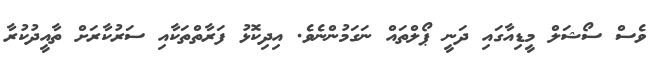
ވެސް ސޯޝަލް މީޑިއާގައި ދަނީ ޕޯލްތައް ނަގަމުންނެވެ. އިދިކޮޅު ފަރާތްތަކާއި ސަރުކާރަށް ތާއީދުކުރާ